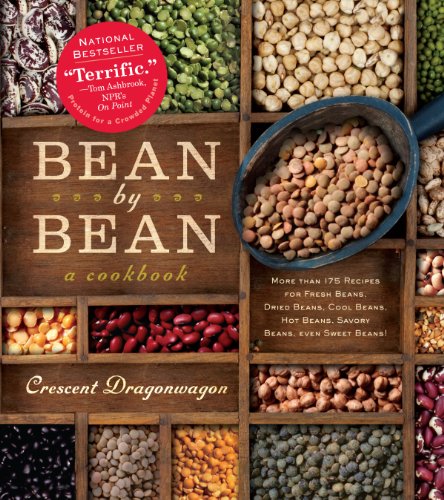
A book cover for Bean By Bean: A Cookbook: More than 175 Recipes for Fresh Beans, Dried Beans, Cool Beans, Hot Beans, Savory Beans, Even Sweet Beans!; Crescent Dragonwagon; Cookbooks, Food & Wine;